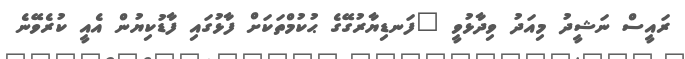
ރައީސް ނަޝީދު މިއަދު ވިދާޅުވީ "ފަނޑިޔާރުގޭގެ ޙުކުމްތަކަށް ފާޅުގައި ފާޑުކިޔުން އެއީ ކުރެވޭނެ